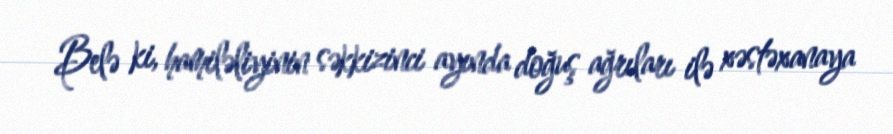
Belə ki, hamiləliyinin səkkizinci ayında doğuş ağrıları ilə xəstəxanaya